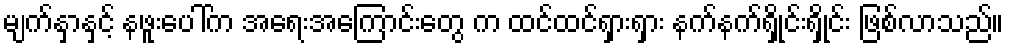
မျက်နှာနှင့် နဖူးပေါ်က အရေးအကြောင်းတွေ က ထင်ထင်ရှားရှား နက်နက်ရှိုင်းရှိုင်း ဖြစ်လာသည်။